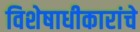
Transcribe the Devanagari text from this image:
विशेषाधीकारांचे